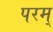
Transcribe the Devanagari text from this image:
परम्‌